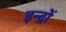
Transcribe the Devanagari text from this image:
इन्द्रों